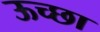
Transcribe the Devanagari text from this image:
ऊच्छा